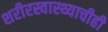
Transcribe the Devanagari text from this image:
शरीरस्वास्थ्याचीही